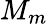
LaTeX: M_{m}